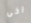
اخى